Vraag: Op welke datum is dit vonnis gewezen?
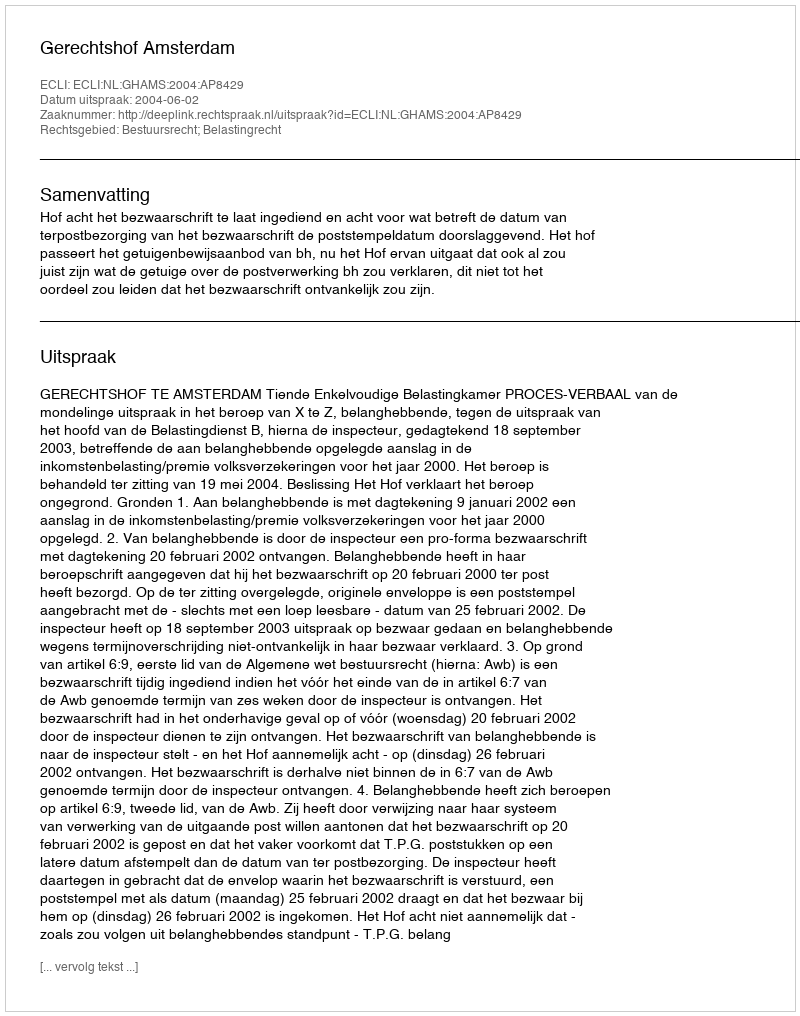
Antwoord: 2004-06-02